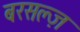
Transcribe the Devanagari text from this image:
बरसल्ज़